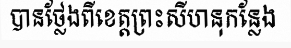
បានថ្លែងពីខេត្តព្រះសីហនុកន្លែង